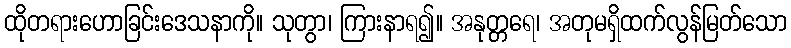
ထိုတရားဟောခြင်းဒေသနာကို။ သုတွာ၊ ကြားနာရ၍။ အနုတ္တရေ၊ အတုမရှိထက်လွန်မြတ်သော